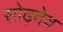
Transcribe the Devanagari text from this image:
सोढ़देव